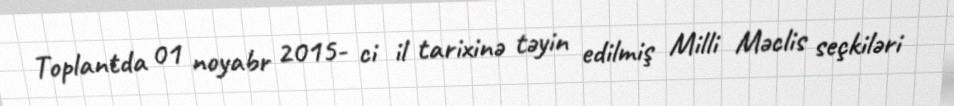
Toplantda 01 noyabr 2015- ci il tarixinə təyin edilmiş Milli Məclis seçkiləri